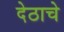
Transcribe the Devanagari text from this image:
देठाचे